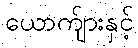
ယောက်ျားနှင့်